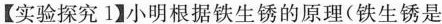
【实验探究1】小明根据铁生雾的原理(铁生锈是